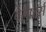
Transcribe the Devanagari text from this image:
बेरीष्टर्स